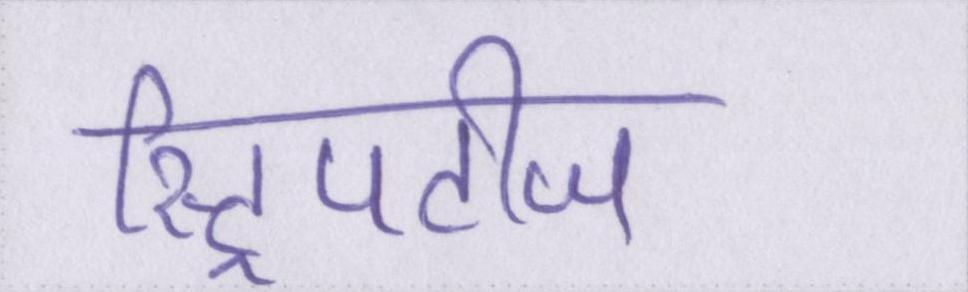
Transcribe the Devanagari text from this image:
स्ट्रिपटीज